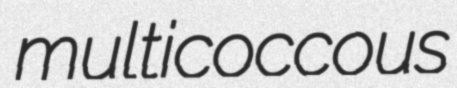
multicoccous